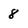
Character: 8